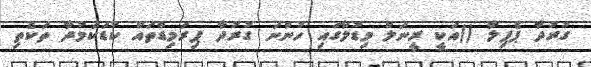
ގުރުދާ ޕެޕިލާ ()އަކީ ރީނަލް މިޑުލާގައި ހުންނަ ގުރުދާ ޕިރަމިޑްތައް ކުޑަކަމުދާ ތަކެތި